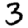
Digit: 3